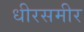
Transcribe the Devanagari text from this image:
धीरसमीर